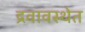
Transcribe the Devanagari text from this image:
द्रवावस्थेत